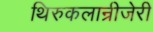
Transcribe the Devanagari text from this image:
थिरुकलान्रीजेरी